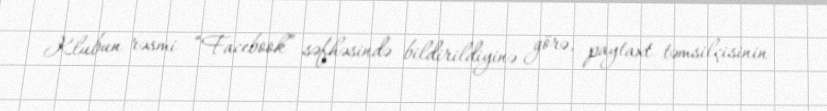
Klubun rəsmi “Facebook” səfhəsində bildirildiyinə görə, paytaxt təmsilçisinin